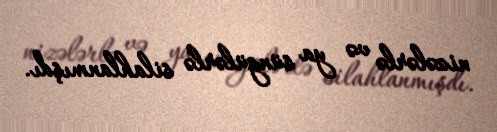
nizələrlə və ya süngülərlə silahlanmışdı.